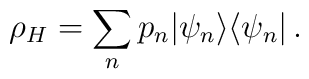
\rho_{H}= \sum_{n}p_{n} |\psi_{n}\rangle \langle \psi_{n}|\, .